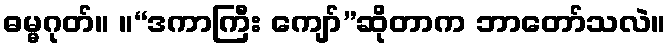
ဓမ္မဂုတ်။ ။“ဒကာကြီး ကျော်”ဆိုတာက ဘာတော်သလဲ။